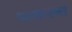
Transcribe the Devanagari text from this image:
थाकरना